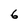
Character: 6